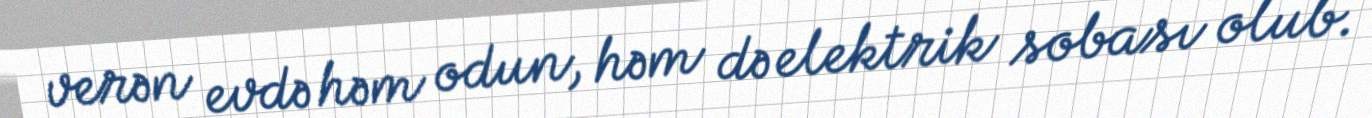
verən evdə həm odun, həm də elektrik sobası olub.